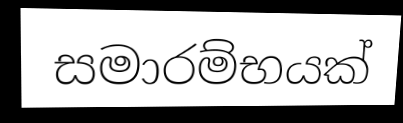
සමාරම්භයක්